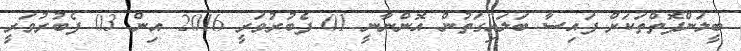
ބީލަންފޮތްތަކަށް ފައިސާ ބަލައިގަތުން އޮންނާނީ 01 ފެބުރުވަރީ 2016 އިން 03 ފެބުރުވަރީ